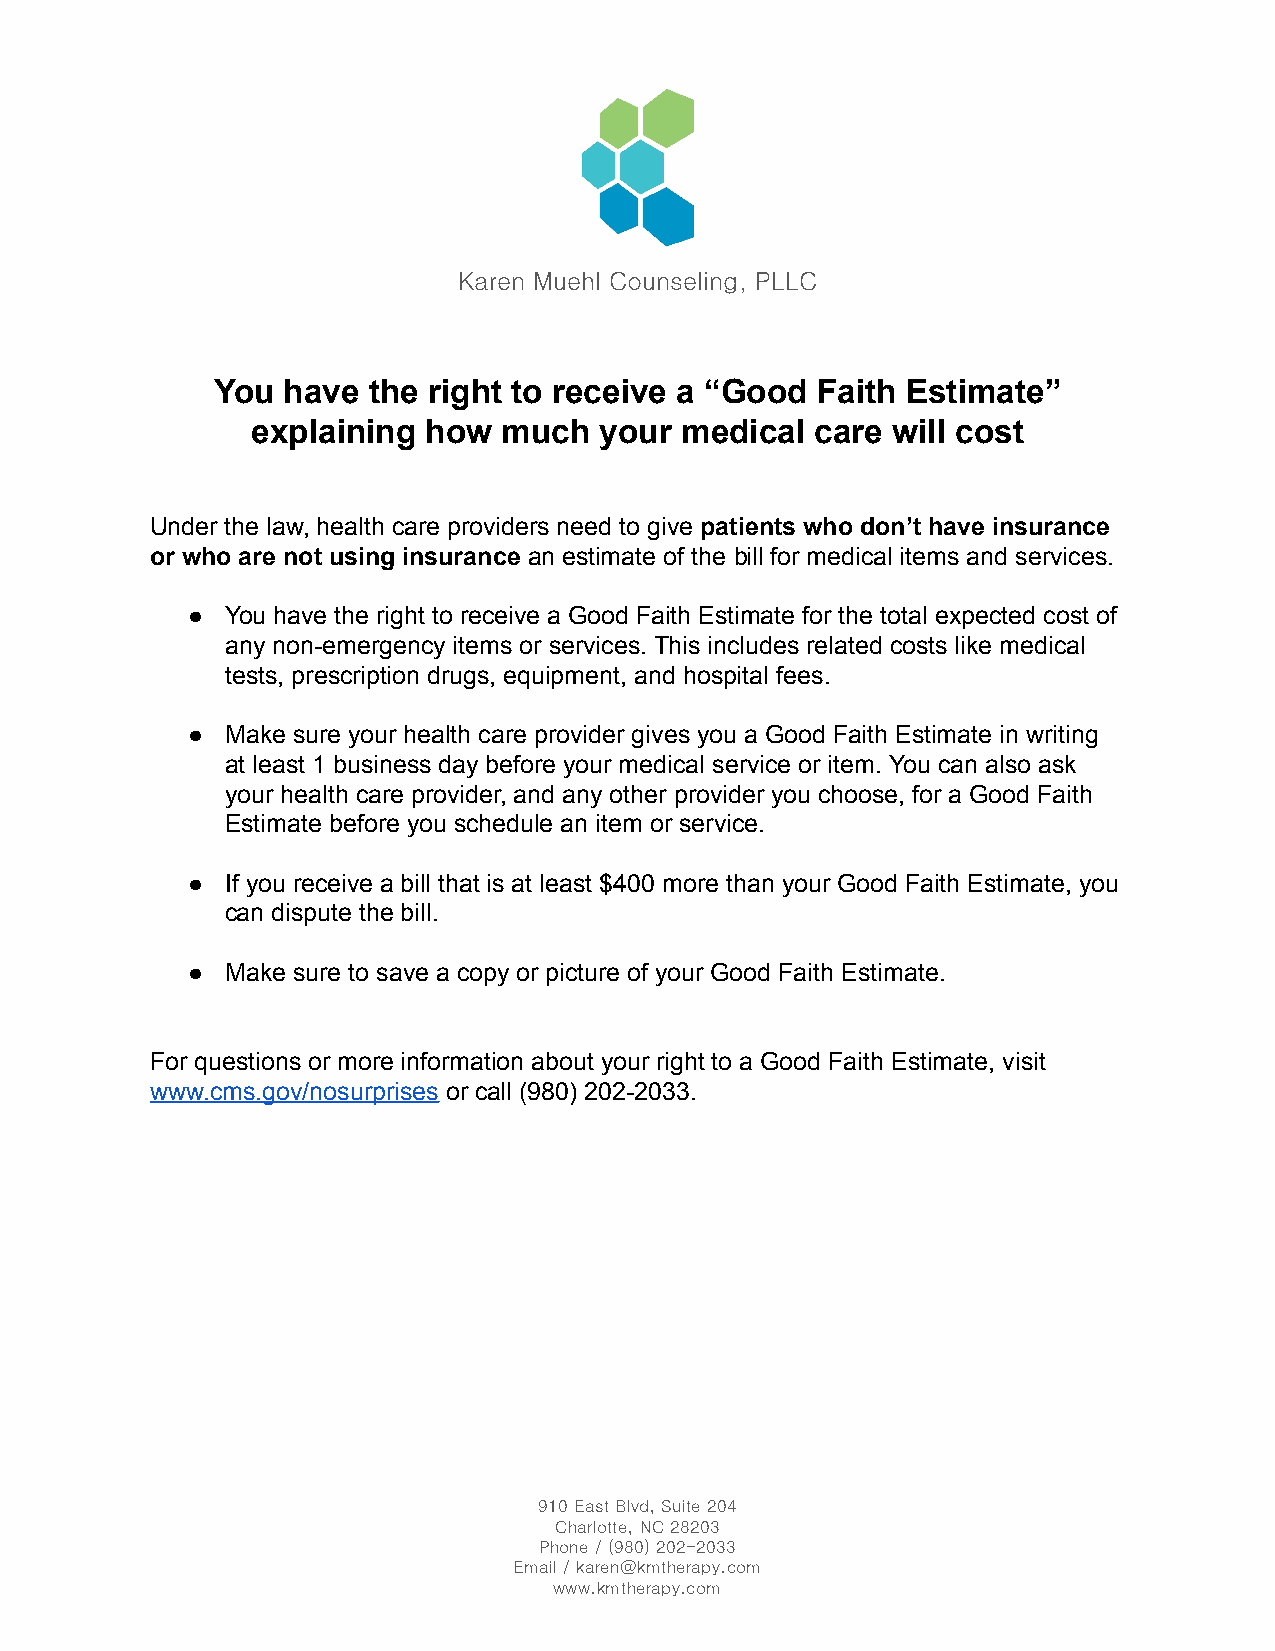
Karen Muehl Counseling, PLLC
 You  have the right to receive a “Good  Faith Estimate”
 explaining how  much   your medical  care will cost
 Under the law, health care providers need to give patients who don’t have insurance
 or who are not using insurance an estimate of the bill for medical items and services.
 ●  You have the right to receive a Good Faith Estimate for the total expected cost of
 any non-emergency items or services. This includes related costs like medical
 tests, prescription drugs, equipment, and hospital fees.
 ●  Make sure your health care provider gives you a Good Faith Estimate in writing
 at least 1 business day before your medical service or item. You can also ask
 your health care provider, and any other provider you choose, for a Good Faith
 Estimate before you schedule an item or service.
 ●  If you receive a bill that is at least $400 more than your Good Faith Estimate, you
 can dispute the bill.
 ●  Make sure to save a copy or picture of your Good Faith Estimate.
 For questions or more information about your right to a Good Faith Estimate, visit
 www.cms.gov/nosurprises or call (980) 202-2033.
 910 East Blvd, Suite 204
 Charlotte, NC 28203
 Phone / (980) 202-2033
 Email / karen@kmtherapy.com
 www.kmtherapy.com